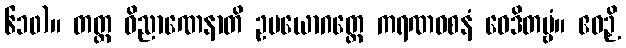
၆၁၀)။ တတ္ထ ဝိညာဏေနာတိ ဥပယောဂတ္ထေ ကရဏဝစနံ ဝေဒိတဗ္ဗံ။ ဧဝဉှိ